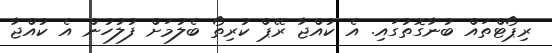
ރިޕޯޓްތައް ބުނާގޮތުގައި. އެ ކުއްޖާ ރޭޕް ކުރިތޯ ބެލުމަށް ފުލުހުން އެ ކުއްޖާ